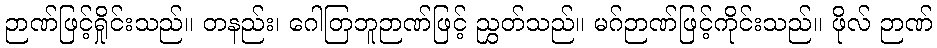
ဉာဏ်ဖြင့်ရှိုင်းသည်။ တနည်း၊ ဂေါတြဘူဉာဏ်ဖြင့် ညွှတ်သည်။ မဂ်ဉာဏ်ဖြင့်ကိုင်းသည်။ ဖိုလ် ဉာဏ်